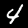
Digit: 4